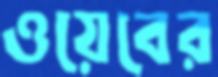
ওয়েবের